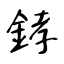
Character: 﨧